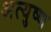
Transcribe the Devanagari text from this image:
अत्युष्ण